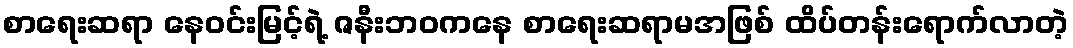
စာရေးဆရာ နေဝင်းမြင့်ရဲ့ ဇနီးဘဝကနေ စာရေးဆရာမအဖြစ် ထိပ်တန်းရောက်လာတဲ့